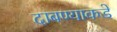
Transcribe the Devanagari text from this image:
दाबण्याकडे